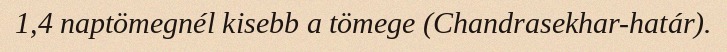
1,4 naptömegnél kisebb a tömege (Chandrasekhar-határ).